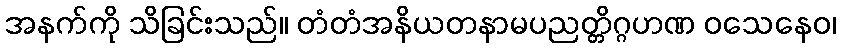
အနက်ကို သိခြင်းသည်။ တံတံအနိယတနာမပညတ္တိဂ္ဂဟဏ ဝသေနေဝ၊